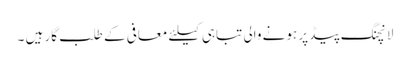
لانچنگ پیڈ پر ہونے والی تباہی کیلئے معافی کے طلب گار ہیں ۔